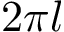
2 \pi l